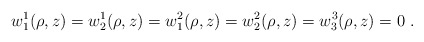
\begin{align*}w_1^1(\rho,z)=w_2^1(\rho,z)=w_1^2(\rho,z)= w_2^2(\rho,z)=w_3^3(\rho,z)=0 \ .\end{align*}